Indian journal of veterinary science and animal husbandry - Volumes 28-29, 1958-1959
Year: 1958
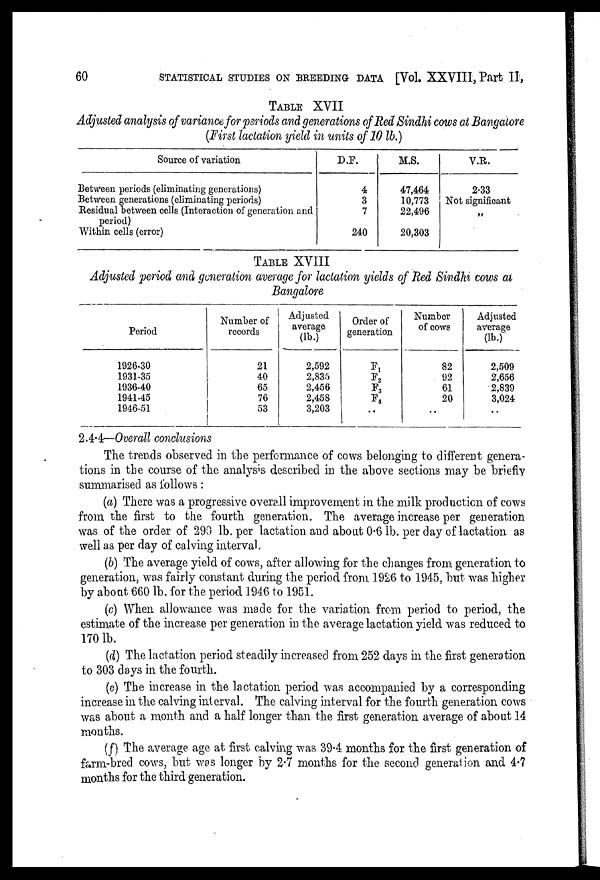
60
STATISTICAL STUDIES ON BREEDING DATA [Vol. XXVIII, Part II,
TABLE XVII
Adjusted analysis of variance for periods and generations of Red Sindhi cows at Bangalore
(First lactation yield in units of 10 lb.)
Source of variation
Between periods (eliminating generations)
Between generations (eliminating periods)
Residual between cells (Interaction of generation and
period)
Within cells (error)
D.F.
4
3
7
240
M.S.
47,464
10,773
22,496
20,303
V.R.
2.33
Not significant
„
TABLE XVIII
Adjusted period and generation average for lactation yields of Red Sindhi cows at
Bangalore
Period
1926-30
1931-35
1936-40
1941-45
1946-51
Number of
records
21
40
65
76
53
Adjusted
average
(lb.)
2,592
2,835
2,456
2,458
3,203
Order of
generation
F 1
F 2
F 3
F 4
..
Number
of cows
82
92
61
20
..
Adjusted
average
(lb.)
2,509
2,656
2,839
3,024
..
2.4.4—Overall conclusions
The trends observed in the performance of cows belonging to different genera-
tions in the course of the analysis described in the above sections may be briefly
summarised as follows:
(a) There was a progressive overall improvement in the milk production of cows
from the first to the fourth generation. The average increase per generation
was of the order of 290 lb. per lactation and about 0.6 lb. per day of lactation as
well as per day of calving interval.
(b) The average yield of cows, after allowing for the changes from generation to
generation, was fairly constant during the period from 1926 to 1945, but was higher
by about 660 lb. for the period 1946 to 1951.
(c) When allowance was made for the variation from period to period, the
estimate of the increase per generation in the average lactation yield was reduced to
170 lb.
(d) The lactation period steadily increased from 252 days in the first generation
to 303 days in the fourth.
(e) The increase in the lactation period was accompanied by a corresponding
increase in the calving interval. The calving interval for the fourth generation cows
was about a month and a half longer than the first generation average of about 14
months.
(f) The average age at first calving was 39.4 months for the first generation of
farm-bred cows, but was longer by 2.7 months for the second generation and 4.7
months for the third generation.